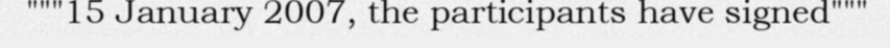
"""15 January 2007, the participants have signed"""